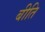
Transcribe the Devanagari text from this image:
बीति